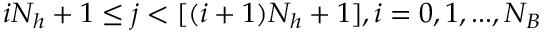
i N _ { h } + 1 \le j < [ ( i + 1 ) N _ { h } + 1 ] , i = 0 , 1 , . . . , N _ { B }